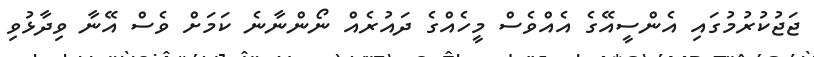
ޖަޖުކުރުމުގައި އެންސީއޭގެ އެއްވެސް މީހެއްގެ ދައުރެއް ނޯންނާނެ ކަމަށް ވެސް އޭނާ ވިދާޅުވި